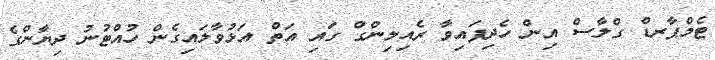
ޓެމްޕާރޑް ގްލާސް އިން ހެދިފައިވާ ރެއިލިންގް ގައި އަތް އަޅުވާލައިގެން ހުއްޓުނު ދިޔާންގެ